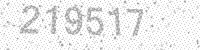
Solution: 219517